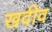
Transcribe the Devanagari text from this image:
खदीव